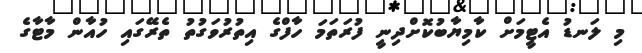
މި ލަނޑު އެޓީމަަށް ކާމިޔާބުކޮށްދިނީ ފުރަތަމަ ހާފްގެ އިތުރުވަގުތު ތެރޭގައި ހުއާން މާޓާގެ